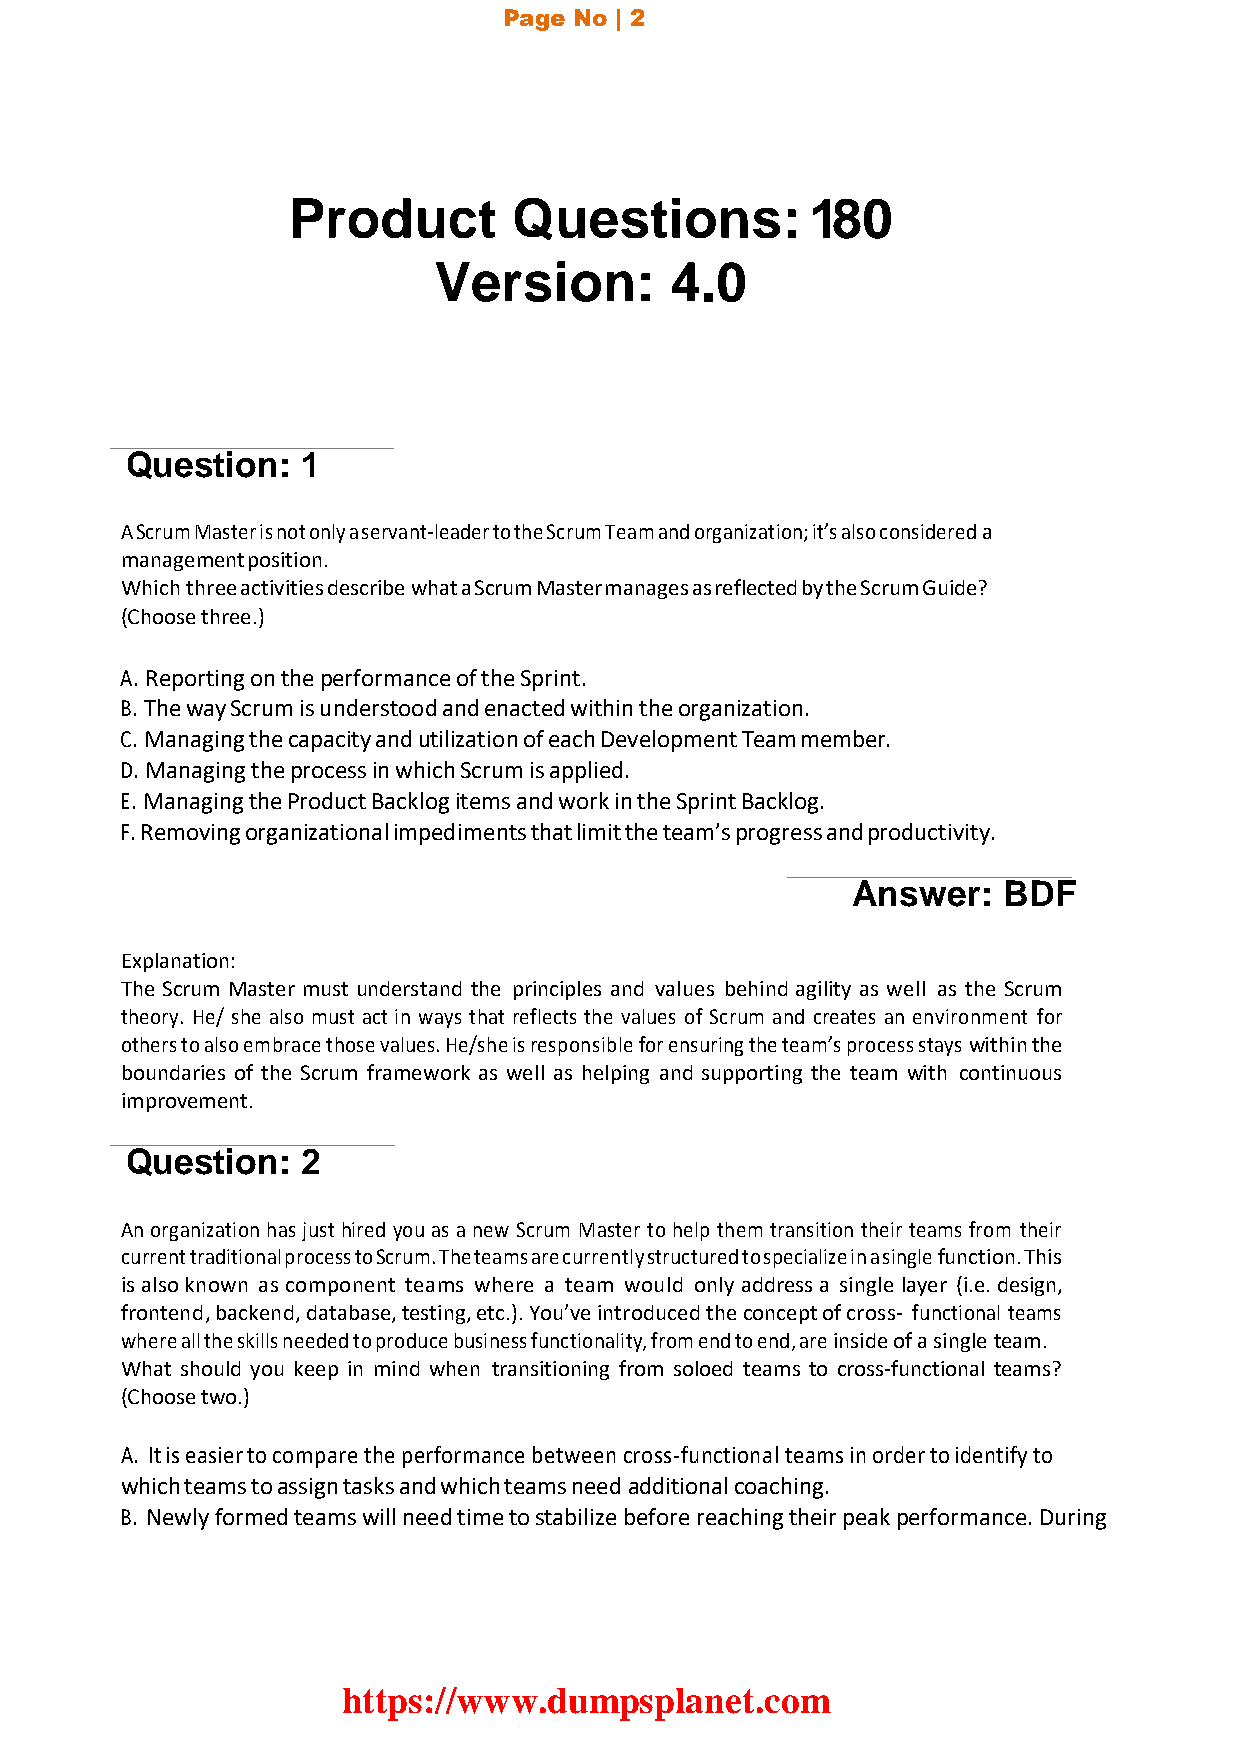
Page No | 2
 Product        Questions:          180
 Version:       4.0
 Question:   1
 A Scrum Master is not only a servant-leader to the Scrum Team and organization; it’s also considered a
 management position.
 Which three activities describe what a Scrum Master manages as reflected by the Scrum Guide?
 (Choose three.)
 A. Reporting on the performance of the Sprint.
 B. The way Scrum is understood and enacted within the organization.
 C. Managing the capacity and utilization of each Development Team member.
 D. Managing the process in which Scrum is applied.
 E. Managing the Product Backlog items and work in the Sprint Backlog.
 F. Removing organizational impediments that limit the team’s progress and productivity.
 Answer:   BDF
 Explanation:
 The Scrum Master must understand the principles and values behind agility as well as the Scrum
 theory. He/ she also must act in ways that reflects the values of Scrum and creates an environment for
 others to also embrace those values. He/she is responsible for ensuring the team’s process stays within the
 boundaries of the Scrum framework as well as helping and supporting the team with continuous
 improvement.
 Question:   2
 An organization has just hired you as a new Scrum Master to help them transition their teams from their
 current traditional process to Scrum. The teams are currently structured to specialize in a single function. This
 is also known as component teams where a team would only address a single layer (i.e. design,
 frontend, backend, database, testing, etc.). You’ve introduced the concept of cross- functional teams
 where all the skills needed to produce business functionality, from end to end, are inside of a single team.
 What should you keep in mind when transitioning from soloed teams to cross-functional teams?
 (Choose two.)
 A. It is easier to compare the performance between cross-functional teams in order to identify to
 which teams to assign tasks and which teams need additional coaching.
 B. Newly formed teams will need time to stabilize before reaching their peak performance. During
 https://www.dumpsplanet.com